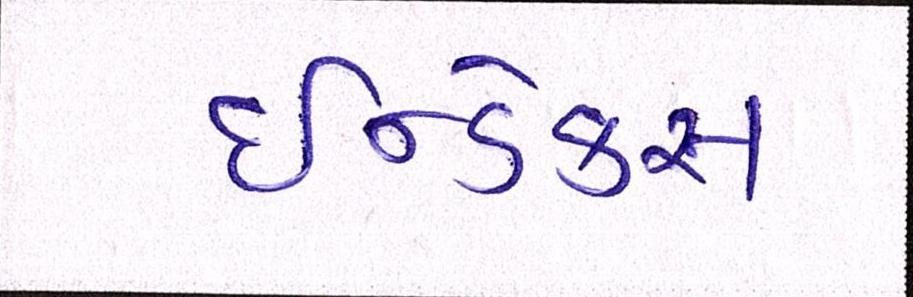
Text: ઇન્ડેક્સ